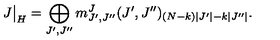
J \bigr | _ { H } = \bigoplus _ { J ^ { \prime } , J ^ { \prime \prime } } m _ { J ^ { \prime } , J ^ { \prime \prime } } ^ { J } ( J ^ { \prime } , J ^ { \prime \prime } ) _ { ( N - k ) | J ^ { \prime } | - k | J ^ { \prime \prime } | } .